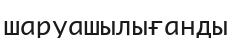
шаруашылығанды